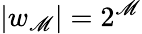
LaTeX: |w_{\mathscr{M}}|=2^{\mathscr{M}}